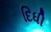
દિધી